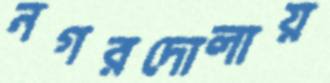
নগরদোলায়